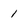
Character: 1